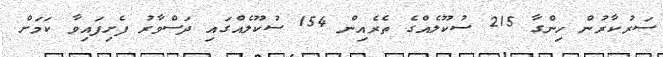
ސަރުކާރުން ހިންގާ 215 ސުކޫލެއްގެ ތެރެއިން 154 ސުކޫލެއްގައި ދަސްވާރު ފެށިފައިވާ ކަމަށް